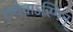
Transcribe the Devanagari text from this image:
तथैवाऽस्मिन्